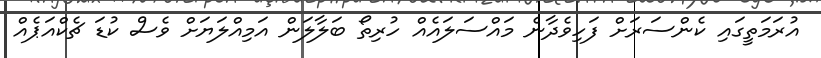
އުރަމަތީގައި ކެންސަރަށް ފަހިވެދާނެ މައްސަލައެއް ހުރިތޯ ބަލާލަން އަމިއްލަޔަށް ވެސް ކުޑަ ޗެކްއަޕެއް